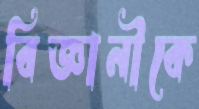
বিজ্ঞানীকে